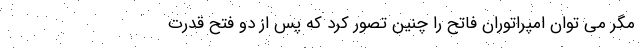
مگر می توان امپراتوران فاتح را چنین تصور کرد که پس از دو فتح قدرت